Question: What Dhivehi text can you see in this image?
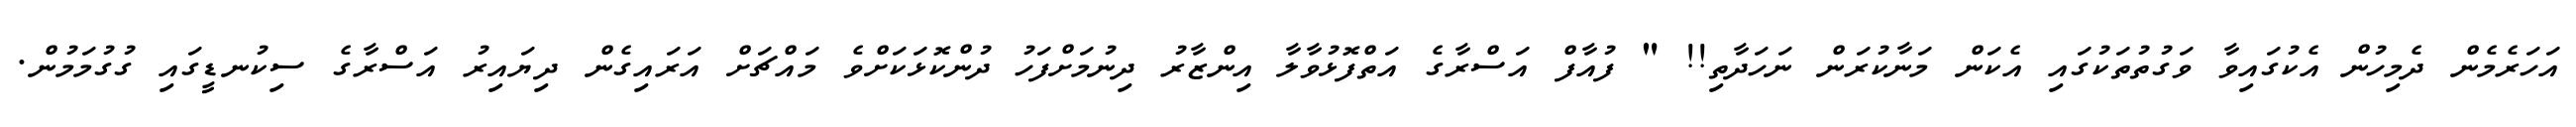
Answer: އަހަރެމެން ދެމިހުން އެކުގައިވާ ވަގުތުތަކުގައި އެކަން މަނާކުރަން ނަހަދާތި!! " ފުއާފް އަސްރާގެ އަތްފޮޅުވާލާ އިންޒާރު ދިނުމަށްފަހު ދުންކޮޅަކަށްވެ މައްޗަށް އަރައިގެން ދިޔައިރު އަސްރާގެ ސިކުނޑީގައި ގުގުމަމުން.